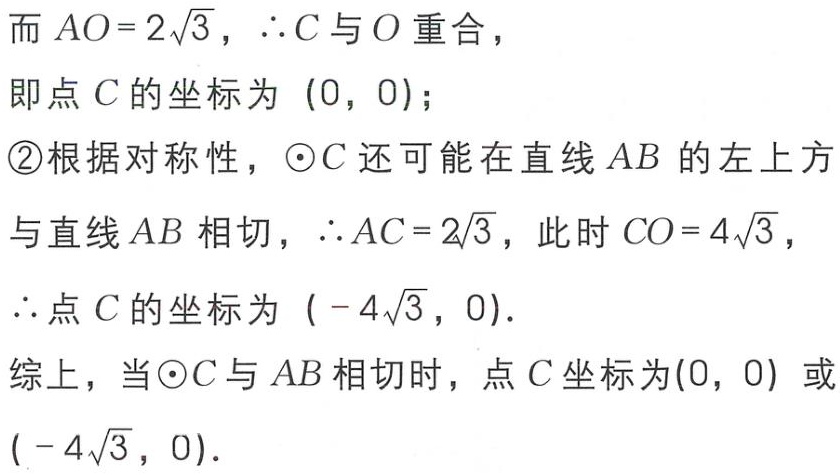
而 \(AO = 2\sqrt{3}\)，\(\therefore C\) 与 \(O\) 重合，
即点 \(C\) 的坐标为 \((0, 0)\)；
\textcircled{2}根据对称性，\(\odot C\) 还可能在直线 \(AB\) 的左上方
与直线 \(AB\) 相切，\(\therefore AC = 2\sqrt{3}\)，此时 \(CO = 4\sqrt{3}\)，
\(\therefore\)点 \(C\) 的坐标为 \(( - 4\sqrt{3}, 0)\).
综上，当\(\odot C\) 与 \(AB\) 相切时，点 \(C\) 坐标为\((0, 0)\) 或 \(( - 4\sqrt{3}, 0)\).